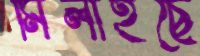
মিলাইছে